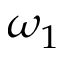
\omega _ { 1 }